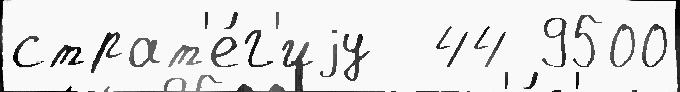
страт'е́г'иjу  44 9500